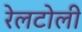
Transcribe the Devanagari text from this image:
रेलटोली